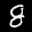
Digit: 8